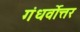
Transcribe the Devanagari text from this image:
गंधर्वोत्तर